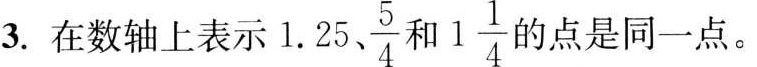
3.在数轴上表示1.25、 \frac{5}{4} 、 1 \frac{1}{4} 的点是同一点。( )